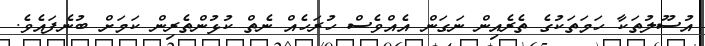
އުސޫލުތަކާ ހަމަތަކުގެ ތެރެއިން ނަގަން އެއްވެސް ހުރަހެއް ނެތް ކުޅުންތެރިން ކަމަށް ބުނެފައެވެ.